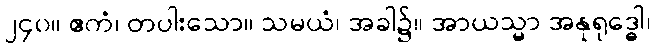
၂၄၀။ ဧကံ၊ တပါးသော။ သမယံ၊ အခါ၌။ အာယသ္မာ အနုရုဒ္ဓေါ၊